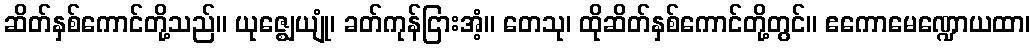
ဆိတ်နှစ်ကောင်တို့သည်။ ယုဇ္ဈေယျုံ၊ ခတ်ကုန်ငြားအံ့။ တေသု၊ ထိုဆိတ်နှစ်ကောင်တို့တွင်။ ဧကောမေဏ္ဍောယထာ၊